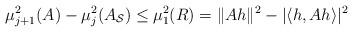
LaTeX: \begin{align*}\mu_{j+1}^2(A) -\mu_{j}^2(A_{\mathcal{S}}) \le \mu_1^2(R)= \| Ah\|^2 -|\langle h, Ah\rangle|^2\end{align*}